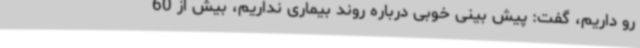
رو داریم، گفت: پیش بینی خوبی درباره روند بیماری نداریم، بیش از 60